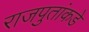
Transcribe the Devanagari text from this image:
राजपुतांकडे